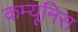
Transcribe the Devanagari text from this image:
कम्यूनिस